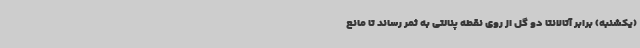
(یکشنبه) برابر آتالانتا دو گل از روی نقطه پنالتی به ثمر رساند تا مانع